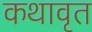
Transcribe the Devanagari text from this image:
कथावृत